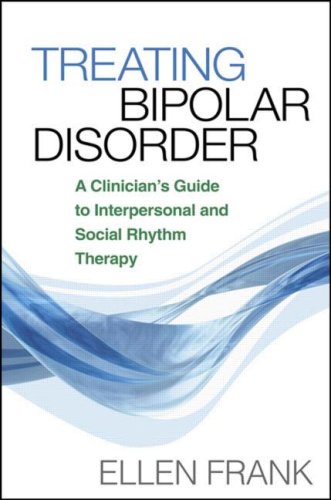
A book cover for Treating Bipolar Disorder: A Clinician's Guide to Interpersonal and Social Rhythm Therapy (Guides to Indivd Evidence Base Treatmnt); Ellen Frank; Health, Fitness & Dieting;